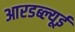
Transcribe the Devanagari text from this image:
आरडब्ल्यूई